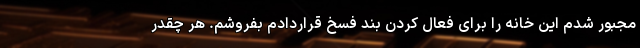
مجبور شدم این خانه را برای فعال کردن بند فسخ قراردادم بفروشم. هر چقدر